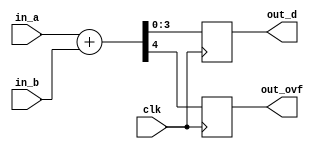
module top #(
   parameter BITWIDTH = 4
)(
	input clk,
	input [BITWIDTH-1:0] in_a,
	input [BITWIDTH-1:0] in_b,
	output reg [BITWIDTH-1:0] out_d,
	output reg out_ovf
);
	always @ (posedge clk) begin
		{out_ovf, out_d} <= in_a + in_b;
	end
endmodule